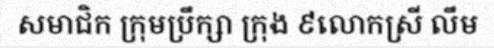
សមាជិក ក្រុមប្រឹក្សា ក្រុង ៩លោកស្រី លឹម